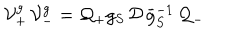
{ \cal V } _ { + } ^ { g } \, { \cal V } _ { - } ^ { g } = { \cal Q } _ { + } g _ { S } \, { \cal D } \, \bar { g } _ { S } ^ { - 1 } \, { \cal Q } _ { - }